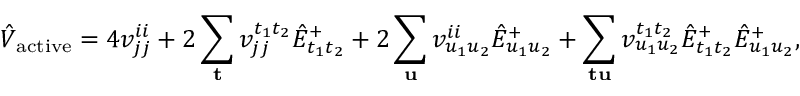
\hat { V } _ { \mathrm { a c t i v e } } = 4 v _ { j j } ^ { i i } + 2 \sum _ { \mathbf { t } } v _ { j j } ^ { t _ { 1 } t _ { 2 } } \hat { E } _ { t _ { 1 } t _ { 2 } } ^ { + } + 2 \sum _ { \mathbf { u } } v _ { u _ { 1 } u _ { 2 } } ^ { i i } \hat { E } _ { u _ { 1 } u _ { 2 } } ^ { + } + \sum _ { \mathbf { t } \mathbf { u } } v _ { u _ { 1 } u _ { 2 } } ^ { t _ { 1 } t _ { 2 } } \hat { E } _ { t _ { 1 } t _ { 2 } } ^ { + } \hat { E } _ { u _ { 1 } u _ { 2 } } ^ { + } ,